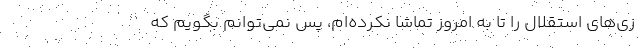
زی‌های استقلال را تا به امروز تماشا نکرده‌ام، پس نمی‌توانم بگویم که